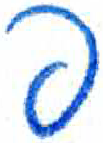
אות: פ